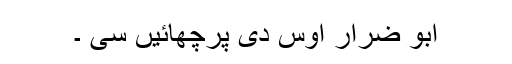
ابو ضرار اوس دی پرچھائیں سی ۔